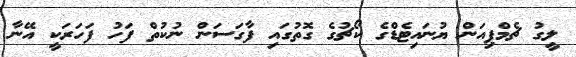
ލީގު ޗެމްޕިއަން ޔުނައިޓެޑްގެ ކޯޗުގެ ގޮތުގައި ފާގަސަން ނުކުތް ފަހު ފަހަރަކީ އޭނާ